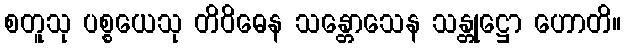
စတူသု ပစ္စယေသု တိဝိဓေန သန္တောသေန သန္တုဋ္ဌော ဟောတိ။